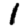
Digit: 1